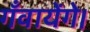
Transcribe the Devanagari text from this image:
गँवायेंगे।